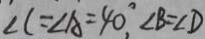
\angle C = \angle A = 4 0 ^ { \circ } \angle B = \angle D